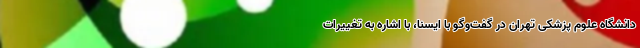
دانشگاه علوم پزشکی تهران در گفت‌وگو با ایسنا، با اشاره به تغییرات